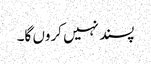
پسند نہیں کروں گا۔